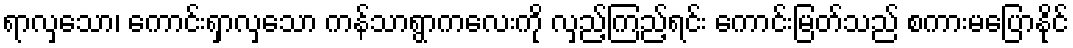
ရာလှသော၊ ကောင်းရှာလှသော ကန်သာရွာကလေးကို လှည့်ကြည့်ရင်း ကောင်းမြတ်သည် စကားမပြောနိုင်